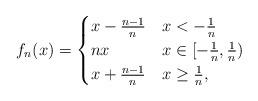
LaTeX: \begin{align*} f_n(x) = \begin{cases} x - \frac{n-1}{n} &x < -\frac{1}{n} \\ n x & x \in [-\frac{1}{n}, \frac{1}{n}) \\ x + \frac{n-1}{n} & x \geq \frac{1}{n}, \end{cases}\end{align*}